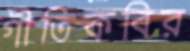
গীতিকবির